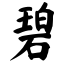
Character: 碧